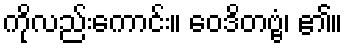
ကိုလည်းကောင်း။ ဝေဒိတဗ္ဗံ၊ ၏။